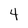
Character: 4